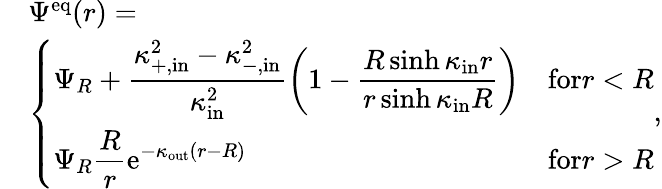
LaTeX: \begin{array}{rl}&{\Psi^{\mathrm{eq}}(r)=}\\ &{\left\{ \begin{array}{ll}{\displaystyle\Psi_{R}+\frac{\kappa_{\mathrm{+,in}}^{2}-\kappa_{\mathrm{-,in}}^{2}}{\kappa_{\mathrm{in}}^{2}}\left(1-\frac{R\sinh\kappa_{\mathrm{in}}r}{r\sinh\kappa_{\mathrm{in}}R}\right)}&{\textrm{for}r<R}\\ {\displaystyle\Psi_{R}\frac{R}{r}\mathrm{e}^{-\kappa_{\mathrm{out}}(r-R)}}&{\textrm{for}r>R}\end{array}\right.,}\end{array}